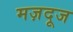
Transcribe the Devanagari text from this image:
मज़दूज